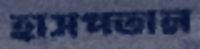
হাসপতাল